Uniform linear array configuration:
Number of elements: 4
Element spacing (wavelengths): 0.75
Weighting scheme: cosine
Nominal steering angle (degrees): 45
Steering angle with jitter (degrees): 46.467
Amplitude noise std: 0.05
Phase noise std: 0.05

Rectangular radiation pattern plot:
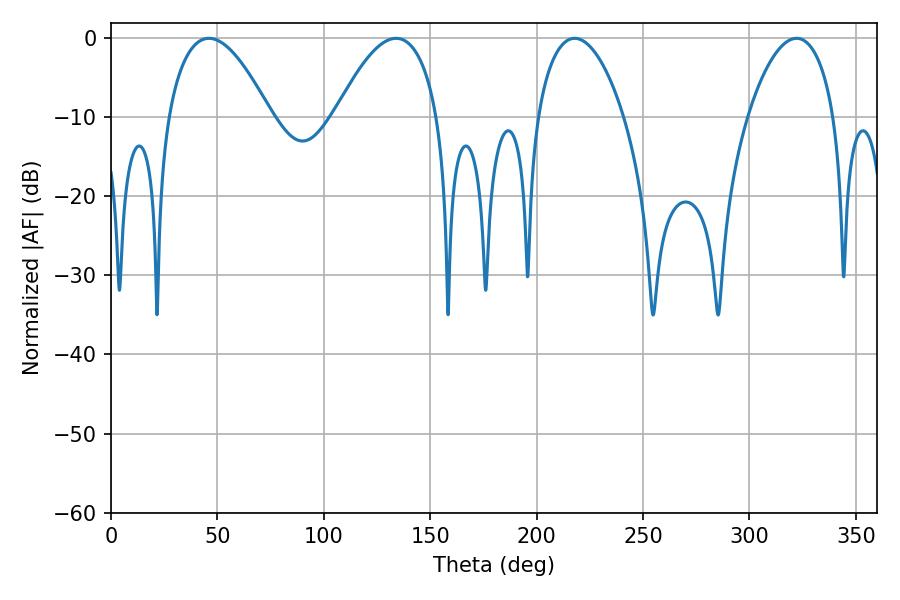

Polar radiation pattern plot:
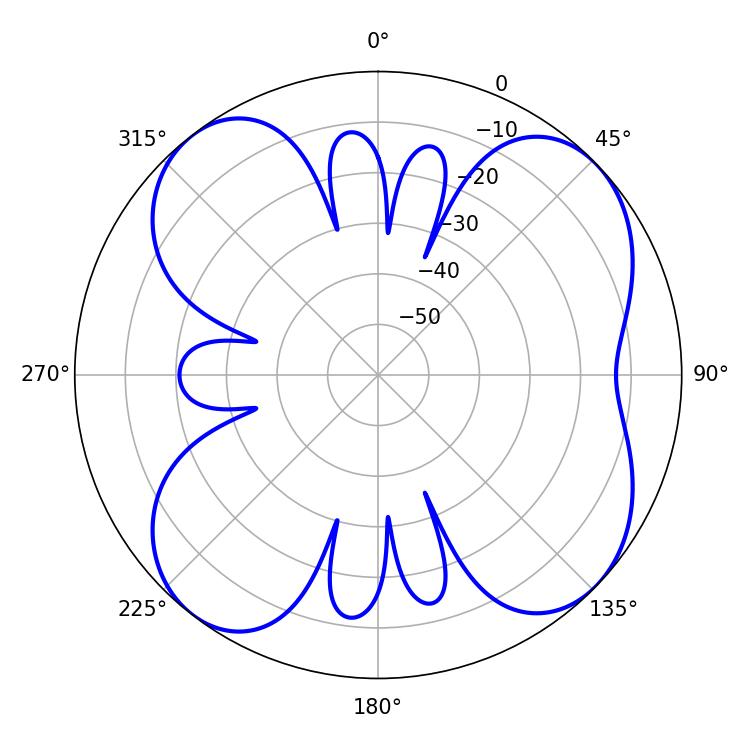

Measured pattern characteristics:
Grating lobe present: TRUE
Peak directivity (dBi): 9.494
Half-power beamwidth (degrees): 26.64
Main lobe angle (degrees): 133.92